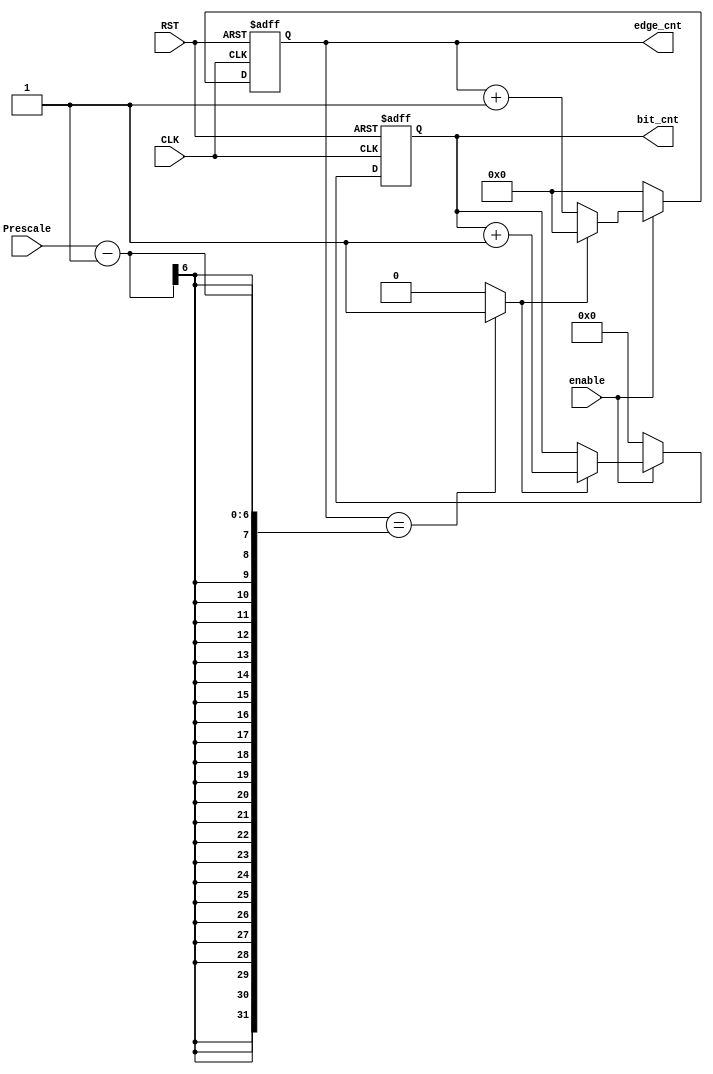
module edge_bit_counter #(parameter PRESCALE_WIDTH = 6)
(
    input   wire                                enable              ,
    input   wire    [PRESCALE_WIDTH - 1 : 0]    Prescale            ,
    input   wire                                CLK                 ,
    input   wire                                RST                 ,

    output  reg     [PRESCALE_WIDTH - 2 : 0]    bit_cnt             ,
    output  reg     [PRESCALE_WIDTH - 1 :0]     edge_cnt
);

/********************************************************************************************/
/********************************************************************************************/

    wire                    edge_cnt_done                           ;

/********************************************************************************************/
/********************************************************************************************/

    assign edge_cnt_done = (edge_cnt == (Prescale-1)) ? 1'b1 : 1'b0 ; 

/********************************************************************************************/
/********************************************************************************************/

    always@(posedge CLK or negedge RST)
        begin

            if(!RST)
                    
                edge_cnt <= 'b0                                     ;
    
            else if (enable) 
                
                if(!edge_cnt_done) 

                    edge_cnt <= edge_cnt + 'b1                      ;

                else

                    edge_cnt <= 'b0                                 ;

            else
                    
                edge_cnt <= 'b0                                     ;

        end

/********************************************************************************************/
/********************************************************************************************/

    always@(posedge CLK or negedge RST)
        begin

            if(!RST)

                bit_cnt <= 'b0                                      ;
                
            else if(enable) 
                begin

                    if (edge_cnt_done) 
                
                        bit_cnt <= bit_cnt + 'd1                    ;
                        
                end
            else

                bit_cnt <= 'b0                                      ;

        end    

endmodule